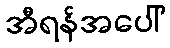
အီရန်အပေါ်